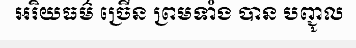
អរិយធម៌ ច្រើន ព្រមទាំង បាន បញ្ជូល